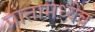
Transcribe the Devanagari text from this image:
प्रांतामध्येच